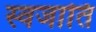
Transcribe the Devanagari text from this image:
स्वजातिं